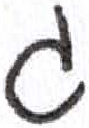
אות: ג